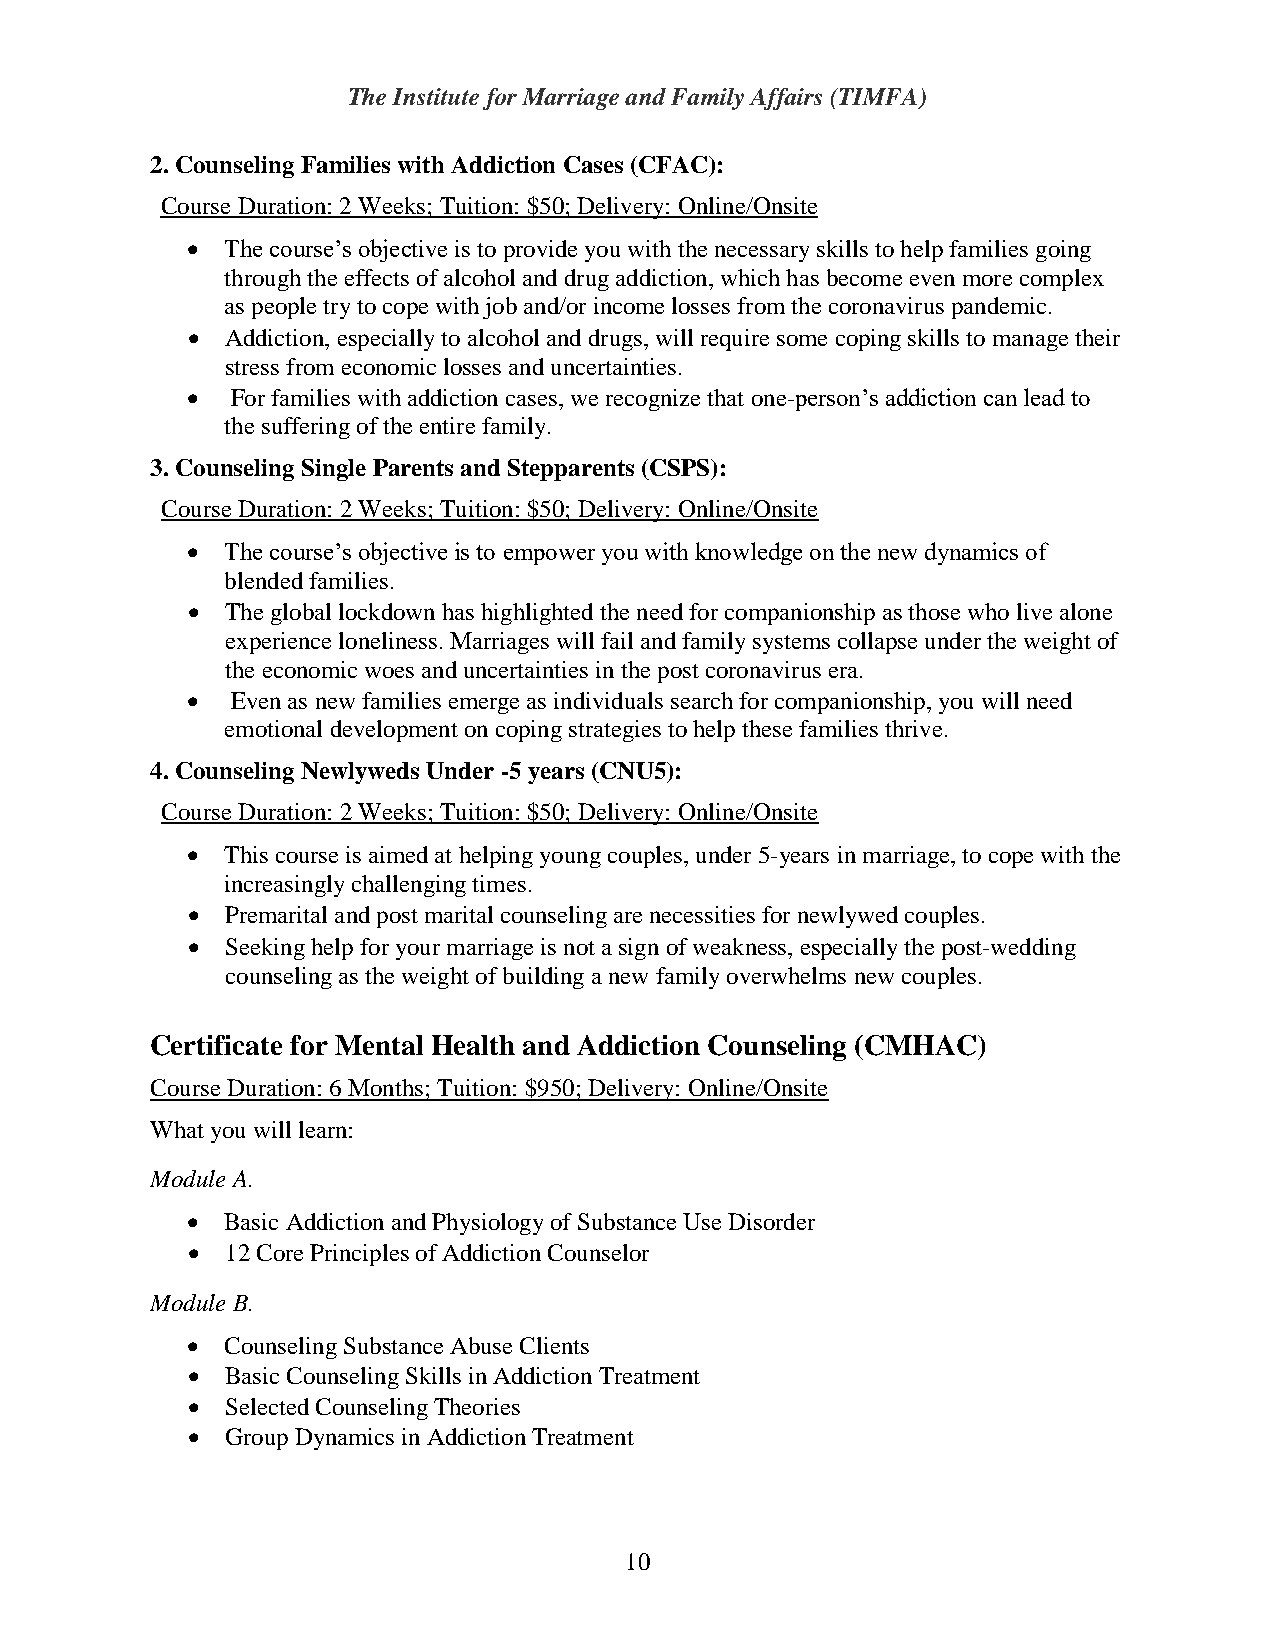
The Institute for Marriage and Family Affairs (TIMFA)
 2. Counseling Families with Addiction Cases (CFAC):
 Course Duration: 2 Weeks; Tuition: $50; Delivery: Online/Onsite
   The course’s objective is to provide you with the necessary skills to help families going
 through the effects of alcohol and drug addiction, which has become even more complex
 as people try to cope with job and/or income losses from the coronavirus pandemic.
   Addiction, especially to alcohol and drugs, will require some coping skills to manage their
 stress from economic losses and uncertainties.
   For families with addiction cases, we recognize that one-person’s addiction can lead to
 the suffering of the entire family.
 3. Counseling Single Parents and Stepparents (CSPS):
 Course Duration: 2 Weeks; Tuition: $50; Delivery: Online/Onsite
   The course’s objective is to empower you with knowledge on the new dynamics of
 blended families.
   The global lockdown has highlighted the need for companionship as those who live alone
 experience loneliness. Marriages will fail and family systems collapse under the weight of
 the economic woes and uncertainties in the post coronavirus era.
   Even as new families emerge as individuals search for companionship, you will need
 emotional development on coping strategies to help these families thrive.
 4. Counseling Newlyweds Under -5 years (CNU5):
 Course Duration: 2 Weeks; Tuition: $50; Delivery: Online/Onsite
   This course is aimed at helping young couples, under 5-years in marriage, to cope with the
 increasingly challenging times.
   Premarital and post marital counseling are necessities for newlywed couples.
   Seeking help for your marriage is not a sign of weakness, especially the post-wedding
 counseling as the weight of building a new family overwhelms new couples.
 Certificate for Mental Health and Addiction Counseling (CMHAC)
 Course Duration: 6 Months; Tuition: $950; Delivery: Online/Onsite
 What you will learn:
 Module A.
   Basic Addiction and Physiology of Substance Use Disorder
   12 Core Principles of Addiction Counselor
 Module B.
   Counseling Substance Abuse Clients
   Basic Counseling Skills in Addiction Treatment
   Selected Counseling Theories
   Group Dynamics in Addiction Treatment
 10